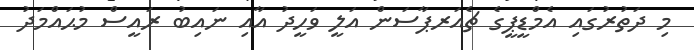
މި ދަތުރުގައި އެމްޑީޕީގެ ޗެއަރޕާސަން އަލީ ވަހީދު އާއި ނައިބު ރައީސް މުޙައްމަދު